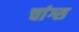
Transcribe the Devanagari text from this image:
चांग्स